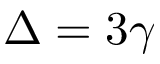
\Delta = 3 \gamma